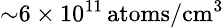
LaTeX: \small{\sim}6\times 10^{11}\, \mathrm{atoms/cm^{3}}